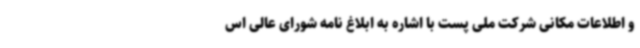
و اطلاعات مکانی شرکت ملی پست با اشاره به ابلاغ نامه شورای عالی اس